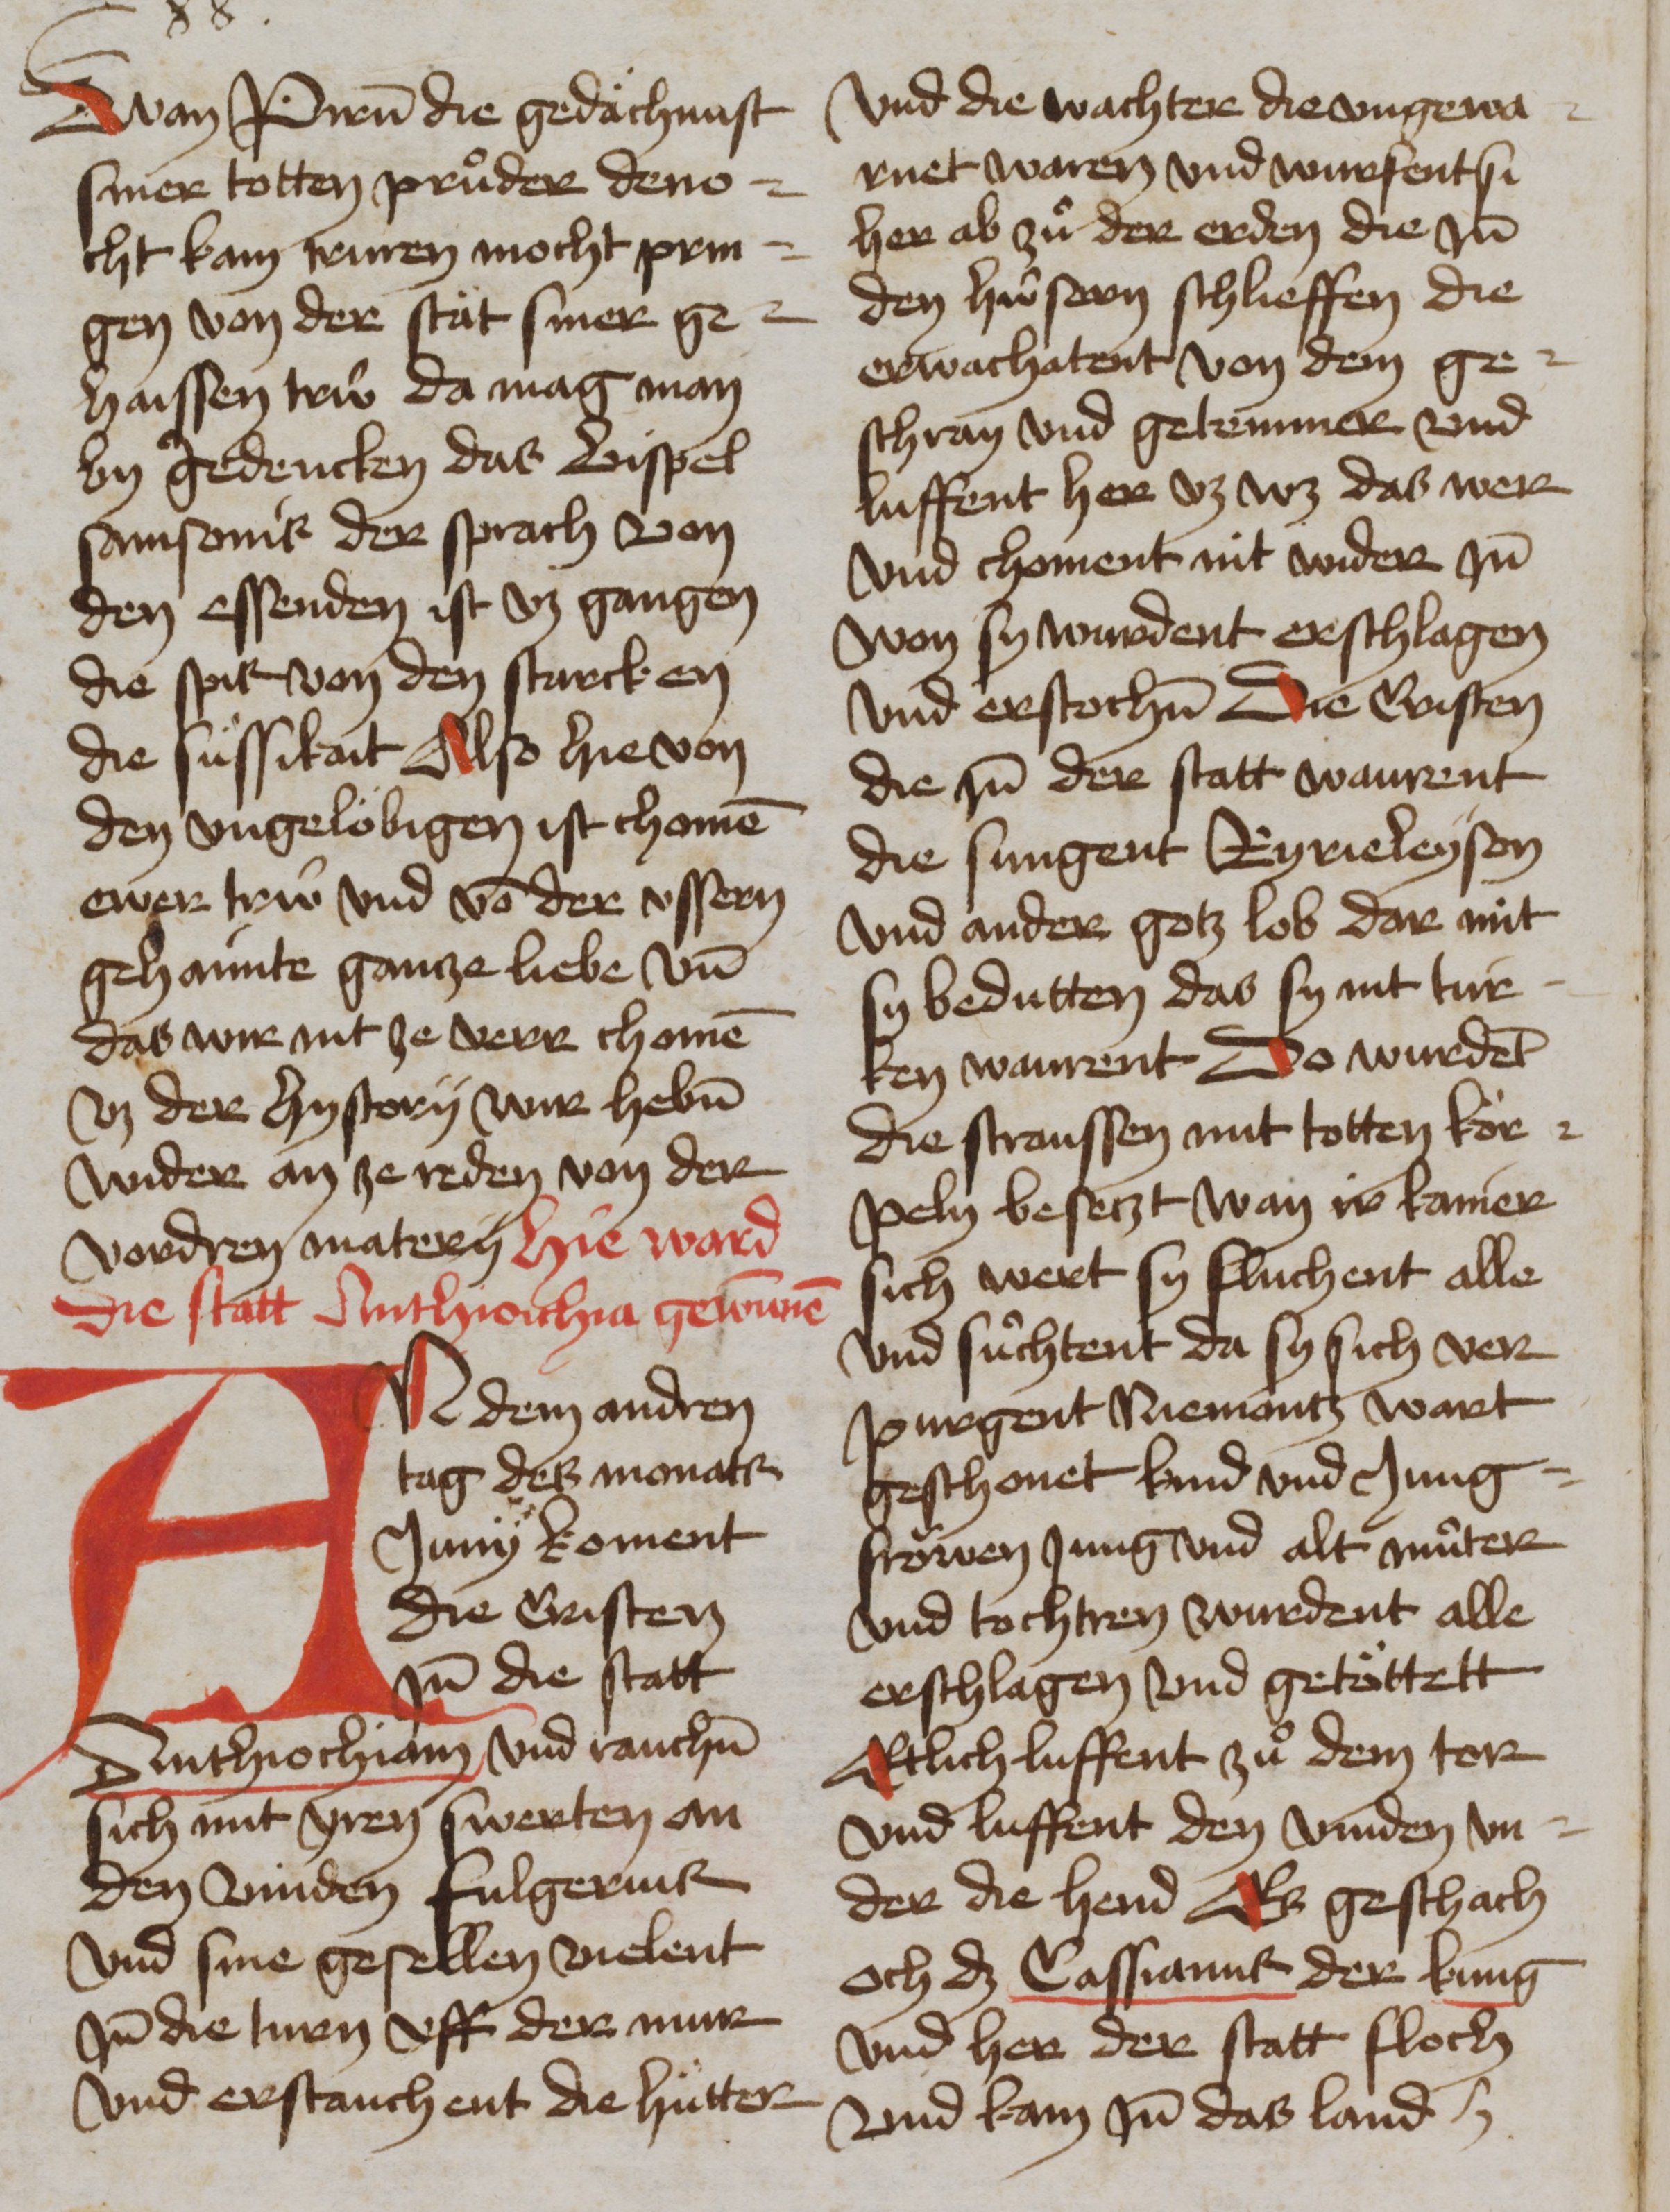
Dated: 1465–1465